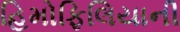
હિમોફિલિયાની